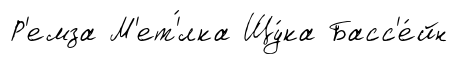
Р'емза М'ет'́лка Щу́ка Басс'е́йн